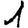
Digit: 1